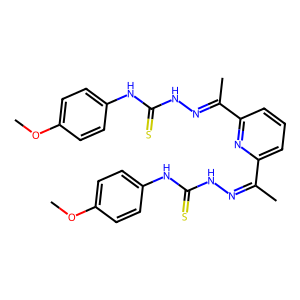
SMILES: COc1ccc(NC(=S)NN=C(C)c2cccc(C(C)=NNC(=S)Nc3ccc(OC)cc3)n2)cc1
Inhibits HIV replication: No